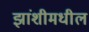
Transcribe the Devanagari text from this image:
झांशीमधील